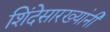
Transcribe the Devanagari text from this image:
शिंदेसारख्यांनी